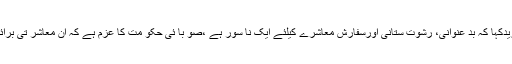
صو با ئی وزیر اطلاعات نے مزیدکہا کہ بد عنوانی، رشوت ستانی اورسفارش معاشرے کیلئے ایک نا سور ہے ،صو با ئی حکو مت کا عزم ہے کہ ان معاشر تی برائیوں کو جڑ سے اکھا ڑ پھینکے ۔